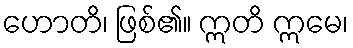
ဟောတိ၊ ဖြစ်၏။ ဣတိ ဣမေ၊